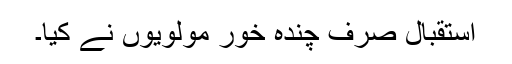
استقبال صرف چندہ خور مولویوں نے کیا۔